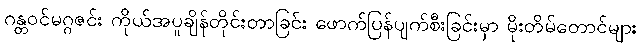
ဂန္တဝင်မဂ္ဂဇင်း ကိုယ်အပူချိန်တိုင်းတာခြင်း ဖောက်ပြန်ပျက်စီးခြင်းမှာ မိုးတိမ်တောင်များ